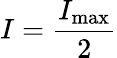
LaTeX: I=\frac{I_{\mathrm{max}}}{2}